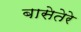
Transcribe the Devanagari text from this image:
बासेतेरे